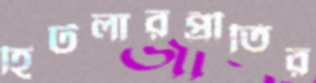
হিটলারপ্রীতির